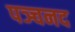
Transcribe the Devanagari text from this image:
पञ्चनद